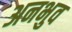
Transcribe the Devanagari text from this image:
अनभुव